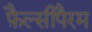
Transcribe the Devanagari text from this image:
फ़ैल्सीपैरम